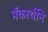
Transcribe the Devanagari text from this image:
मॅकार्थीने